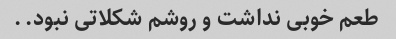
طعم خوبی نداشت و روشم شکلاتی نبود..